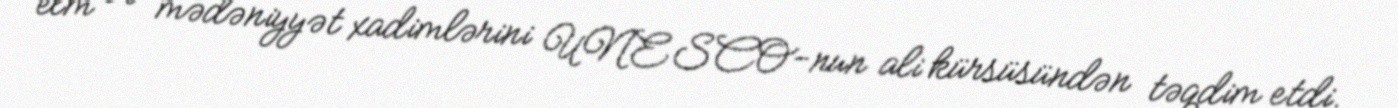
elm və mədəniyyət xadimlərini UNESCO-nun ali kürsüsündən təqdim etdi.